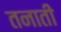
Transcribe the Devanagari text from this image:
तनाती